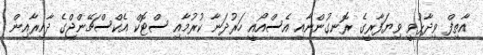
އާތިފް ވިދާޅުވީ ވިޔަފާރީގެ ރޮނގުންނާއި އެސްއޯއީ ހަރުދަނާ ކުރުމާއި ސްޓޮކް އެކްސްޗޭންޖްގެ ދާއިރާއިން